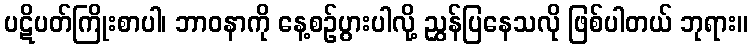
ပဋိပတ်ကြိုးစာပါ၊ ဘာဝနာကို နေ့စဉ်ပွားပါလို့ ညွှန်ပြနေသလို ဖြစ်ပါတယ် ဘုရား။